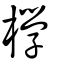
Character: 㰒